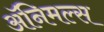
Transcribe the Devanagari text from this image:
अॅनिमल्स